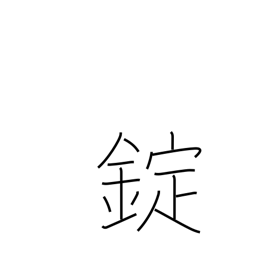
Meaning: shackles